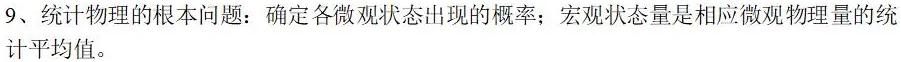
9、统计物理的根本问题：确定各微观状态出现的概率；宏观状态量是相应微观物理量的统计平均值。